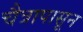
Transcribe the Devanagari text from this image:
चैत्रापासून